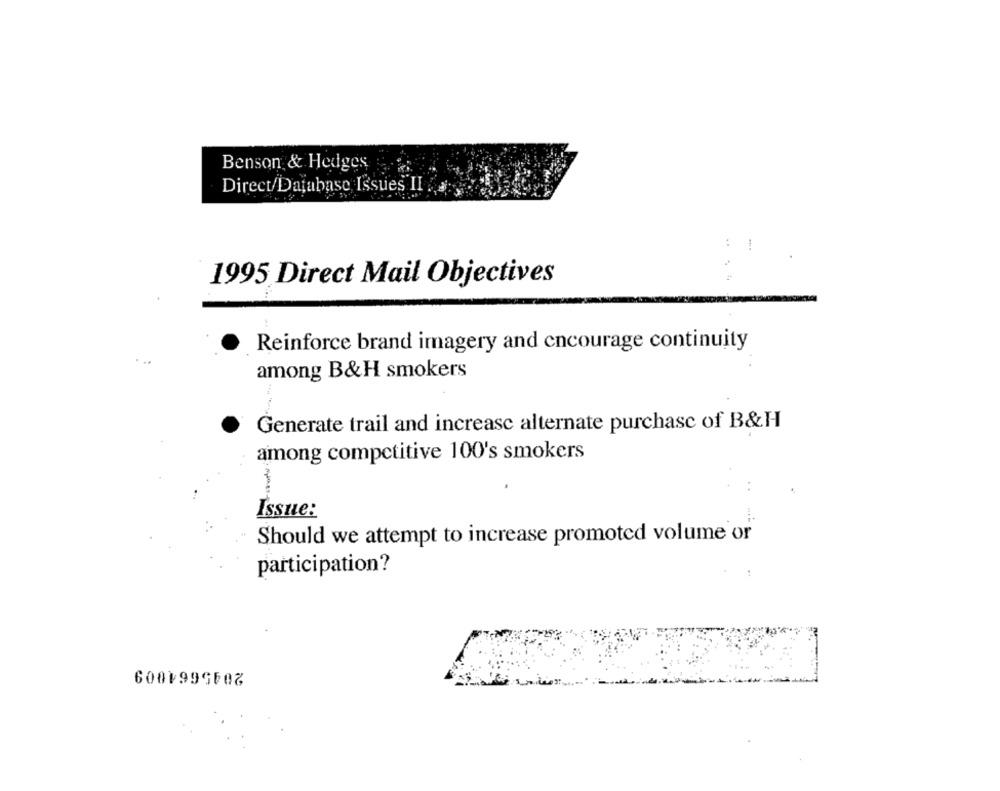
Benson & Hedges
Direct/Database Issues II
1995 Direct Mail Objectives
Reinforce brand imagery and encourage continuity
among B&H smokers
Generate trail and increase alternate purchase of B&H
among competitive 100's smokers
Issue:
Should we attempt to increase promoted volume or
participation?
6001995602